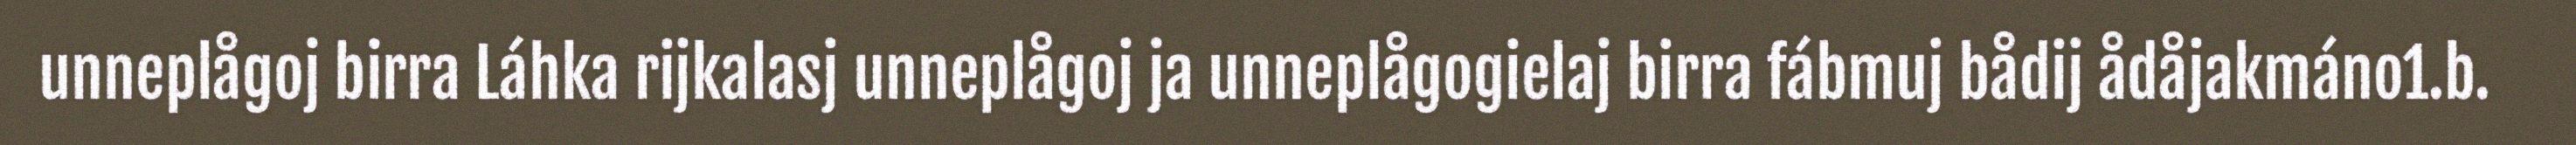
unneplågoj birra Láhka rijkalasj unneplågoj ja unneplågogielaj birra fábmuj bådij ådåjakmáno1.b.